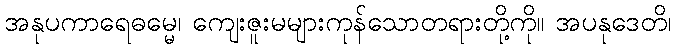
အနုပကာရေဓမ္မေ၊ ကျေးဇူးမများကုန်သောတရားတို့ကို။ အပနုဒေတိ၊